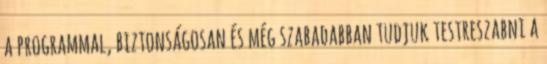
a programmal, biztonságosan és még szabadabban tudjuk testreszabni a